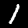
Digit: 1